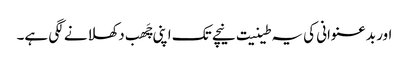
اور بدعنوانی کی یہ طینیت نیچے تک اپنی چَھب دکھلانے لگی ہے۔